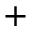
^ +